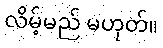
လိမ့်မည် မဟုတ်။